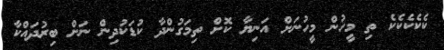
ކެކެކެކެކެ ތި މީހުން މީހުނަށް އަނިޔާ ކޮށް ތިމަގުންދާ ކުޑަކުދިން ނަށް ބިރުދައްކާ